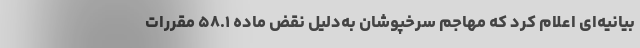
بیانیه‌ای اعلام کرد که مهاجم سرخپوشان به‌دلیل نقض ماده ۵۸.۱ مقررات